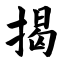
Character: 揭